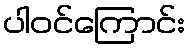
ပါဝင်ကြောင်း